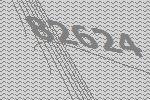
82624